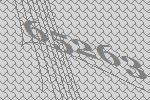
65263